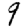
Digit: 9